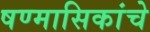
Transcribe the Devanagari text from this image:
षण्मासिकांचे